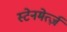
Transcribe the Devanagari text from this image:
स्टेनमेर्त्ज़